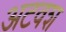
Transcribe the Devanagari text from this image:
अटवश